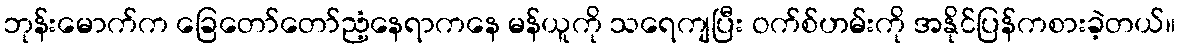
ဘုန်းမောက်က ခြေတော်တော်ညံ့နေရာကနေ မန်ယူကို သရေကျပြီး ဝက်စ်ဟမ်းကို အနိုင်ပြန်ကစားခဲ့တယ်။